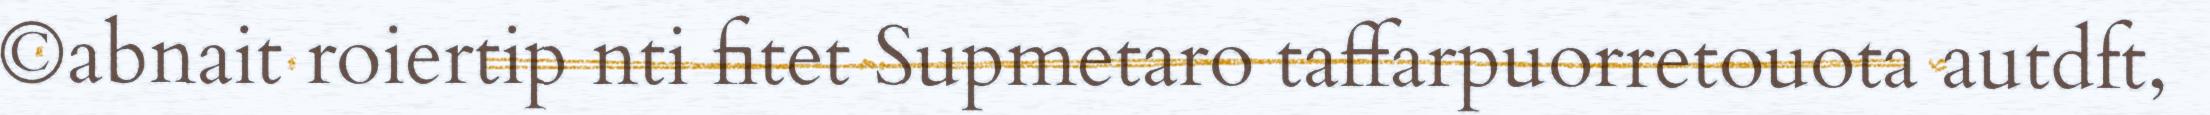
©abnait roiertip nti fitet Supmetaro taffarpuorretouota autdft,